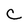
Character: C